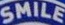
SMILE